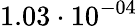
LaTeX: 1.03\cdot 10^{-04}